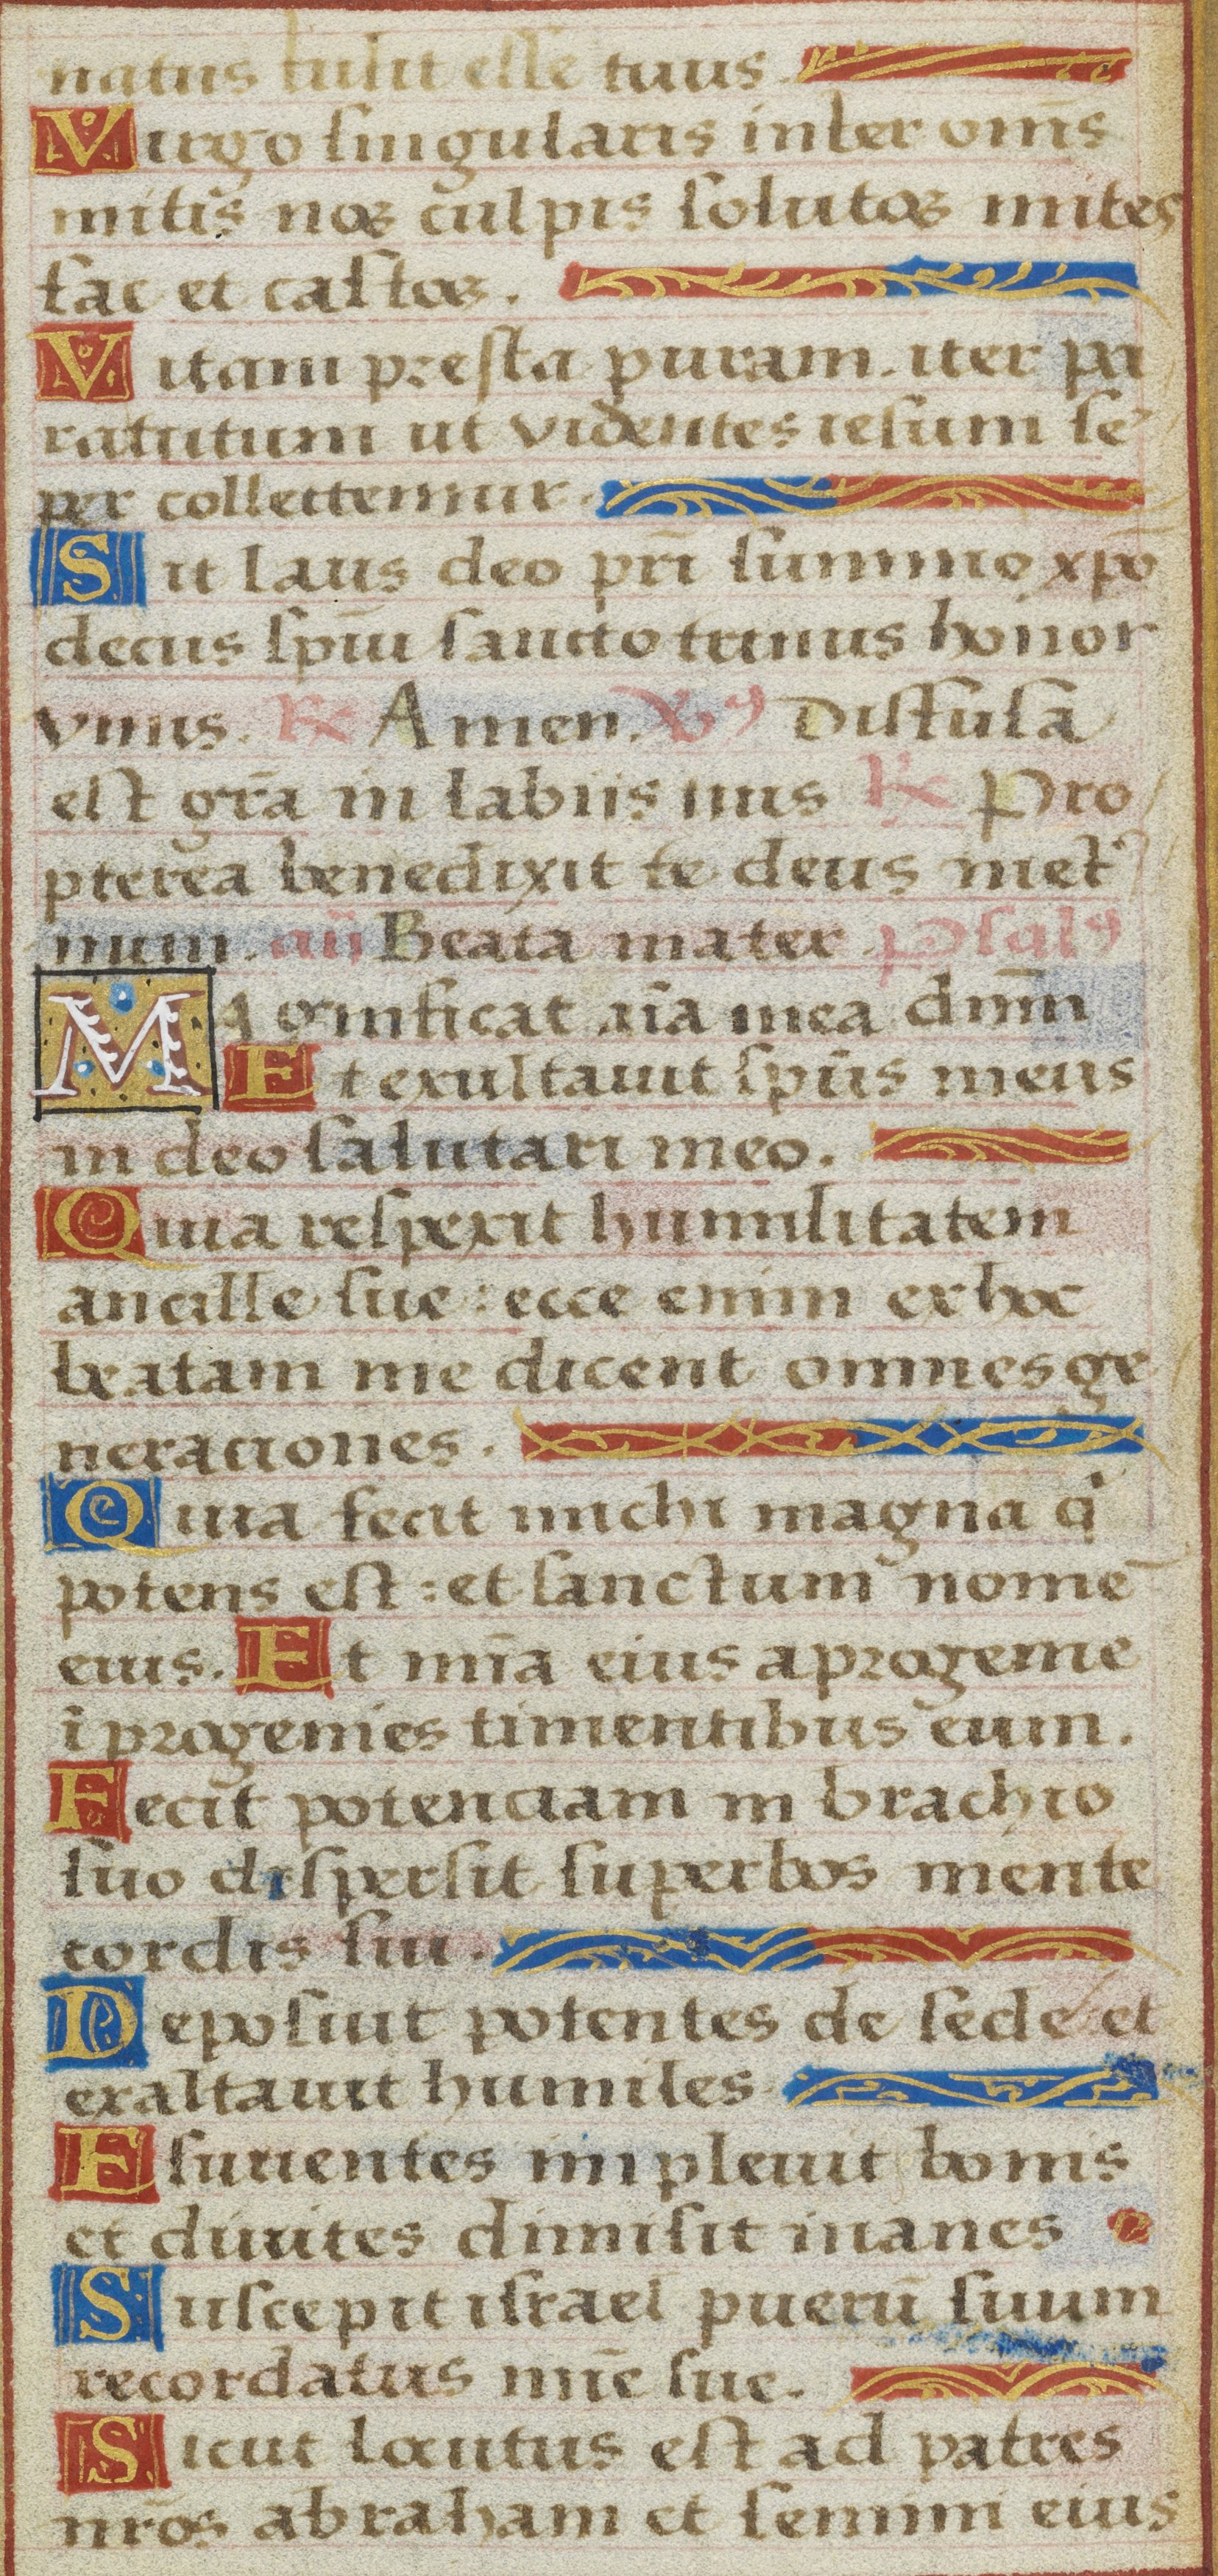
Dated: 1525–1549